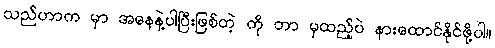
သည်ဟာက မှာ အနေနဲ့ပါပြီးဖြစ်တဲ့ ကို ဘာ မှထည့်ပဲ နားထောင်နိုင်ဖို့ပါ။